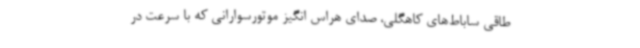
طاقی ساباط‌های کاهگلی، صدای هراس انگیز موتورسوارانی که با سرعت در